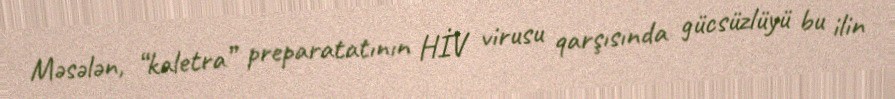
Məsələn, “kaletra” preparatatının HİV virusu qarşısında gücsüzlüyü bu ilin